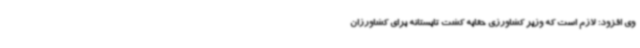
وی افزود: لازم است که وزیر کشاورزی حقابه کشت تابستانه برای کشاورزان